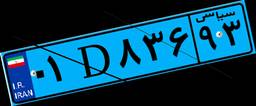
۴۴D۵۰۷۷۸